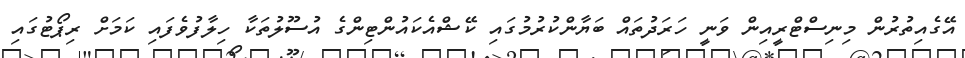
އޭގެއިތުރުން މިނިސްޓްރީއިން ވަނީ ހަރަދުތައް ބަޔާންކުރުމުގައި ކޭޝްއެކައުންޓިންގެ އުސޫލުތަކާ ހިލާފުވެފައި ކަމަށް ރިޕޯޓުގައި